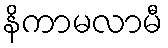
နိကာမလာမီ